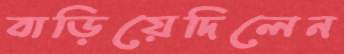
বাড়িয়েদিলেন